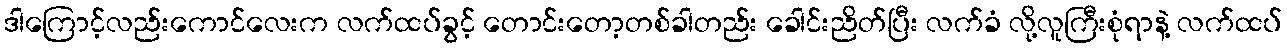
ဒါကြောင့်လည်းကောင်လေးက လက်ထပ်ခွင့် တောင်းတော့တစ်ခါတည်း ခေါင်းညိတ်ပြီး လက်ခံ လို့လူကြီးစုံရာနဲ့ လက်ထပ်